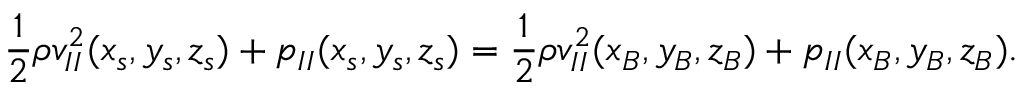
\frac { 1 } { 2 } \rho v _ { I I } ^ { 2 } ( x _ { s } , y _ { s } , z _ { s } ) + p _ { I I } ( x _ { s } , y _ { s } , z _ { s } ) = \frac { 1 } { 2 } \rho v _ { I I } ^ { 2 } ( x _ { B } , y _ { B } , z _ { B } ) + p _ { I I } ( x _ { B } , y _ { B } , z _ { B } ) .